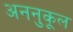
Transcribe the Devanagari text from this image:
अननुकूल